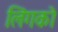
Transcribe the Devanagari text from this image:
लिंगको